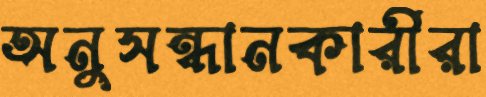
অনুসন্ধানকারীরা